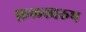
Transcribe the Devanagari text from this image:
फ़लस्वरुप